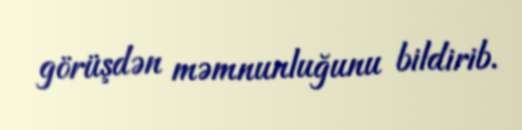
görüşdən məmnunluğunu bildirib.